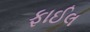
ફાઈલ